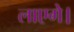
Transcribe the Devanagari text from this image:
लाएगे।